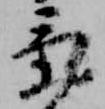
気